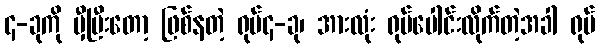
၄-ခုကို မှီပြီးတော့ ဖြစ်နတဲ့ ရုပ်၄-ခု၊ အားလုံး ရုပ်ပေါင်းလိုက်တဲ့အခါ ရုပ်